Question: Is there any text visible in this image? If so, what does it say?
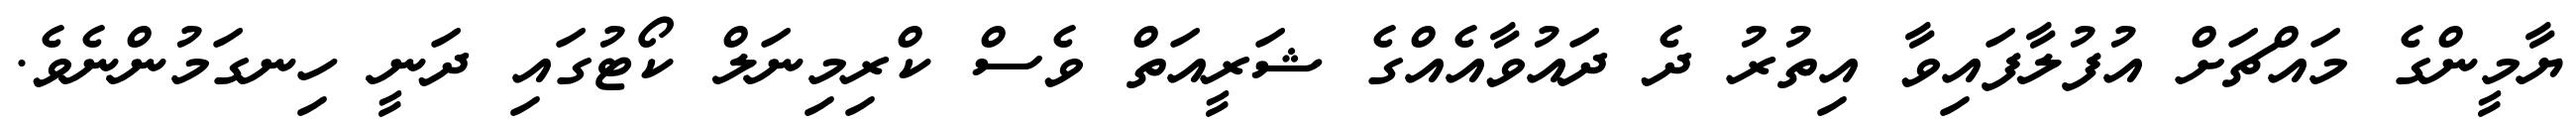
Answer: ޔާމީންގެ މައްޗަށް އުފުލާފައިވާ އިތުރު ދެ ދައުވާއެއްގެ ޝަރީއަތް ވެސް ކްރިމިނަލް ކޯޓުގައި ދަނީ ހިނގަމުންނެވެ.